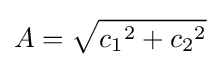
A={\sqrt {{c_{1}}^{2}+{c_{2}}^{2}}}